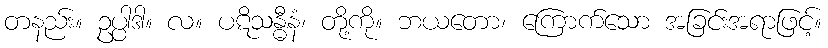
တနည်း။ ဥပ္ပါဒါ။ လ။ ပဋိသန္ဓီနံ၊ တို့ကို။ ဘယတော၊ ကြောက်သော အခြင်းအရာဖြင့်။